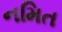
નમિત